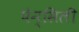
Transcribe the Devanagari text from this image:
पेन्सिली